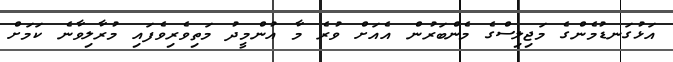
އަޅުގަނޑުމެންގެ މަޖިލިސްގެ މެންބަރުން އެއަށް ވުރެ މާ އުންމީދު މަތިވެރިވެފައި މުރާލިވާނެ ކަމަށް